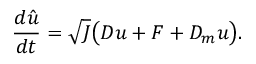
\frac { d \hat { u } } { d t } = \sqrt { J } \big ( D u + F + D _ { m } u \big ) .